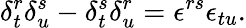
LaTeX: \delta_{t}^{r}\delta_{u}^{s}-\delta_{t}^{s}\delta_{u}^{r}=\epsilon^{rs}\epsilon_{tu}.